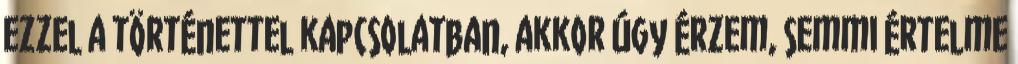
ezzel a történettel kapcsolatban, akkor úgy érzem, semmi értelme